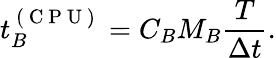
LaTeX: t_{B}^{\mathrm{~(~C~P~U~)~}}=C_{B}M_{B}\frac{T}{\Delta t}.